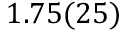
1 . 7 5 ( 2 5 )